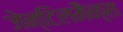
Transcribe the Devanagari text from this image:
जेन्टिलमैन्स